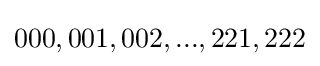
000,001,002,...,221,222